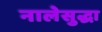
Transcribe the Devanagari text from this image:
नालेसुद्धा